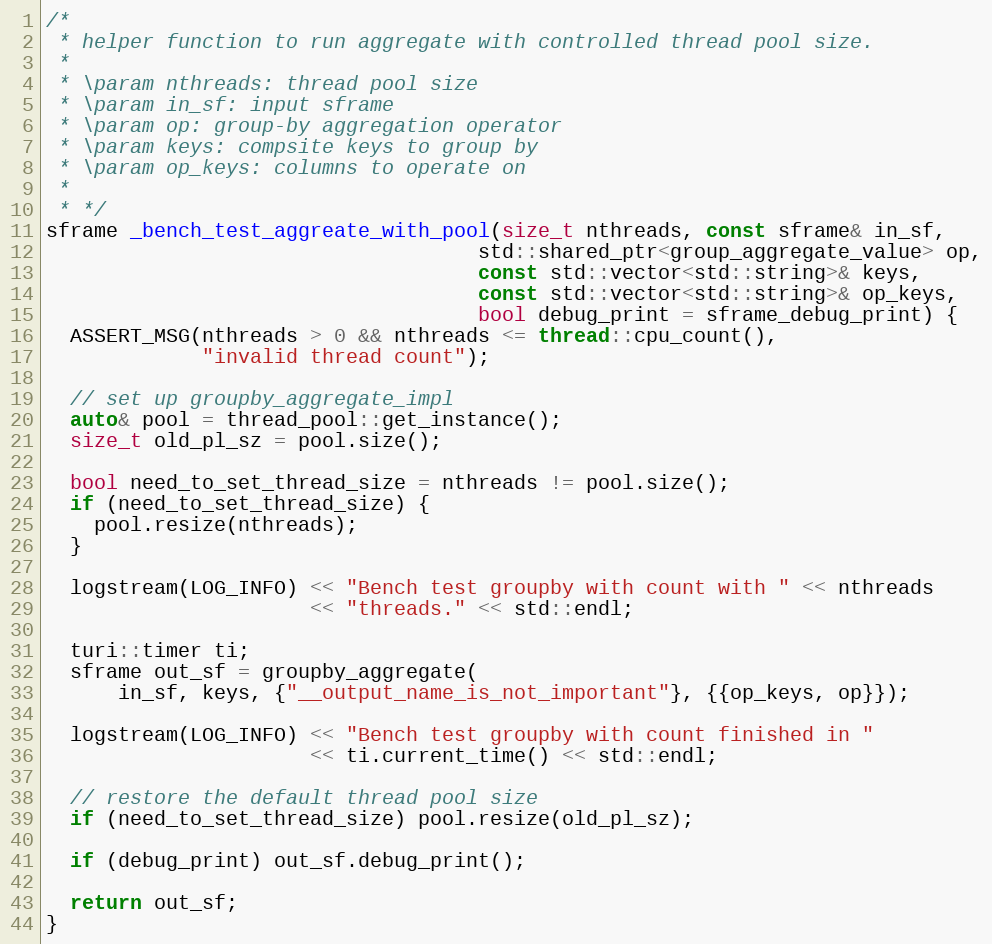
Language: C++
/*
 * helper function to run aggregate with controlled thread pool size.
 *
 * \param nthreads: thread pool size
 * \param in_sf: input sframe
 * \param op: group-by aggregation operator
 * \param keys: compsite keys to group by
 * \param op_keys: columns to operate on
 *
 * */
sframe _bench_test_aggreate_with_pool(size_t nthreads, const sframe& in_sf,
                                    std::shared_ptr<group_aggregate_value> op,
                                    const std::vector<std::string>& keys,
                                    const std::vector<std::string>& op_keys,
                                    bool debug_print = sframe_debug_print) {
  ASSERT_MSG(nthreads > 0 && nthreads <= thread::cpu_count(),
             "invalid thread count");

  // set up groupby_aggregate_impl
  auto& pool = thread_pool::get_instance();
  size_t old_pl_sz = pool.size();

  bool need_to_set_thread_size = nthreads != pool.size();
  if (need_to_set_thread_size) {
    pool.resize(nthreads);
  }

  logstream(LOG_INFO) << "Bench test groupby with count with " << nthreads
                      << "threads." << std::endl;

  turi::timer ti;
  sframe out_sf = groupby_aggregate(
      in_sf, keys, {"__output_name_is_not_important"}, {{op_keys, op}});

  logstream(LOG_INFO) << "Bench test groupby with count finished in "
                      << ti.current_time() << std::endl;

  // restore the default thread pool size
  if (need_to_set_thread_size) pool.resize(old_pl_sz);

  if (debug_print) out_sf.debug_print();

  return out_sf;
}